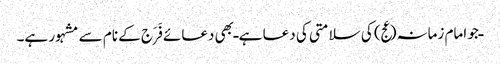
ـ جو امام زمانہ(عج) کی سلامتی کی دعا ہے ـ بھی دعائے فَرَج کے نام سے مشہور ہے۔